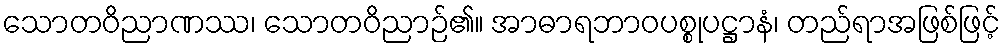
သောတဝိညာဏဿ၊ သောတဝိညာဉ်၏။ အာဓာရဘာဝပစ္စုပဋ္ဌာနံ၊ တည်ရာအဖြစ်ဖြင့်